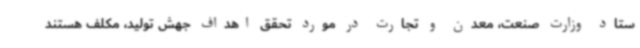
ستاد وزارت صنعت، معدن و تجارت در مورد تحقق اهداف جهش تولید، مکلف هستند